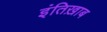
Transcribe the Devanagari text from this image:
इंतिख़ाब